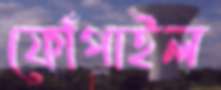
ফোঁপাইল